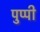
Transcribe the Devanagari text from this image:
पुप्पी